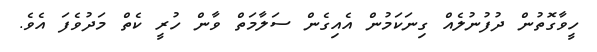
ހީވާގޮތުން ދުފުނުލެއް ގިނަކަމުން އެއިގެން ސަލާމަތް ވާން ހުރީ ކެތް މަދުވެފަ އެވެ.